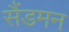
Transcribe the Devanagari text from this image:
सैंडमन